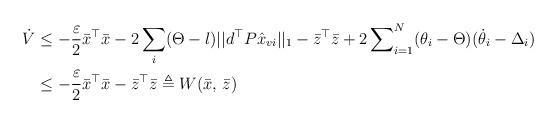
LaTeX: \begin{align*}\dot{V}&\leq -\frac{\varepsilon}{2}\bar x^\top \bar x-2\sum_i(\Theta-l) ||d^\top P\hat x_{vi}||_1-\bar z^\top \bar z+2\sum\nolimits_{i=1}^N(\theta_i-\Theta)(\dot{\theta}_i-\Delta_i)\\&\leq -\frac{\varepsilon}{2}\bar x^\top \bar x-\bar z^\top \bar z\triangleq W(\bar x, \,\bar z)\end{align*}